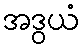
အဒွယံ